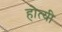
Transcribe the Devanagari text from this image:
होत्यी